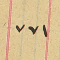
١٨٨